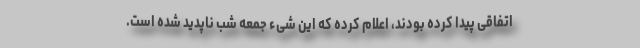
اتفاقی پیدا کرده بودند، اعلام کرده که این شیء جمعه شب ناپدید شده است.